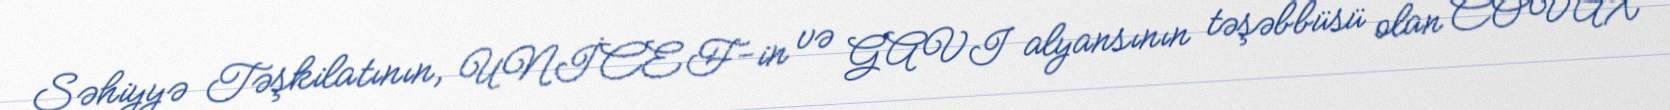
Səhiyyə Təşkilatının, UNİCEF-in və GAVI alyansının təşəbbüsü olan COVAX